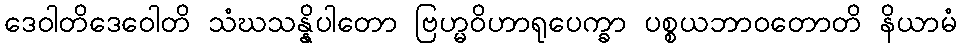
ဒေဝါတိဒေဝေါတိ သံဃသန္နိပါတော ဗြဟ္မဝိဟာရုပေက္ခာ ပစ္စယဘာဝတောတိ နိယာမံ